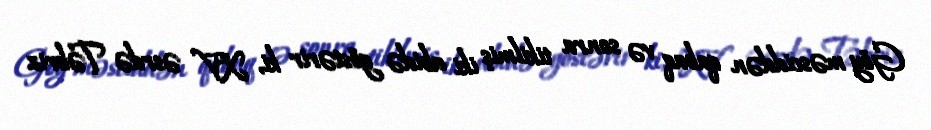
Göy məsciddən qabaq və sonra tikilmiş iki abidə göstərir ki, XV əsrdə Təbriz